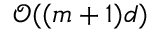
\mathcal { O } ( ( m + 1 ) d )